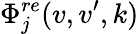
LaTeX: \Phi_{j}^{re}(v,v^{\prime},k)